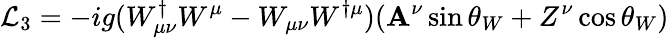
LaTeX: {\cal{L}}_{3}=-ig(W_{\mu\nu}^{\dagger}W^{\mu}-W_{\mu\nu}W^{\dagger\mu})(\mathbf{A}^{\nu}\sin\theta_{W}+Z^{\nu}\cos\theta_{W})